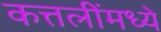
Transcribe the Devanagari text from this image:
कत्तलींमध्ये